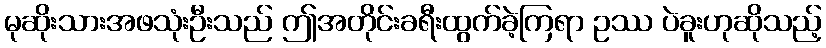
မုဆိုးသားအဖသုံးဦးသည် ဤအတိုင်းခရီးထွက်ခဲ့ကြရာ ဥဿ ပဲခူးဟုဆိုသည့်